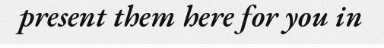
present them here for you in